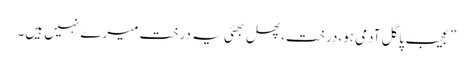
”عجیب پاگل آدمی ہو،درخت،پھل بھئی یہ درخت میرے نہیں ہیں۔